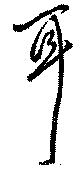
耳